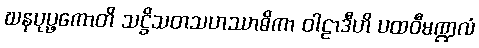
ဃနပုပ္ဖကောတိ သဋ္ဌိသတသဟဿာဓိကာ ဝါဠာဒီဟိ ပထဝီမဏ္ဍလံ